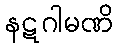
နဋဂါမဏိ